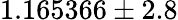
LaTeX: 1.165366\pm 2.8